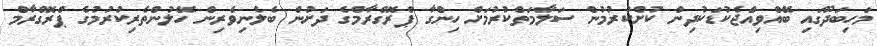
މަހިބަދޫގައި ބޭއްވިއްޖެކުޑަކުދިން ކުށްކުރުމުން ސަލާމަތްކުރުމަށް ހިންގާ ޕްރޮގްރާމްގެ ދަށުން ބެލެނިވެރިން ހޭލުންތެރިކުރުމުގެ ޕްރޮގްރާމް